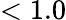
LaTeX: <1.0